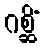
ဂစ္ဆိံ